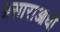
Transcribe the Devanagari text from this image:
प्रसाराआधी